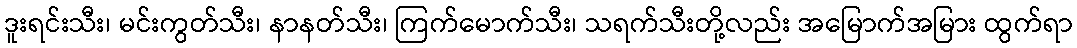
ဒူးရင်းသီး၊ မင်းကွတ်သီး၊ နာနတ်သီး၊ ကြက်မောက်သီး၊ သရက်သီးတို့လည်း အမြောက်အမြား ထွက်ရာ